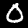
Label: 0